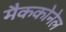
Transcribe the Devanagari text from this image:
मैककोनेल